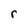
Character: r